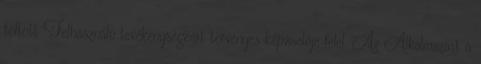
töltött Felhasználó tevékenységéért törvényes képviselője felel. Az Alkalmazást a